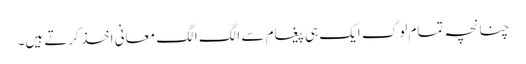
چنانچہ تمام لوگ ایک ہی پیغام سے الگ الگ معانی اخذ کرتے ہیں۔